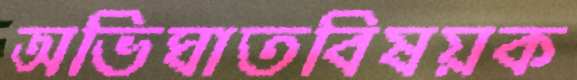
অভিঘাতবিষয়ক